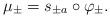
LaTeX: \begin{align*}\mu_\pm = s_{\pm a} \circ \varphi_\pm. \end{align*}